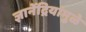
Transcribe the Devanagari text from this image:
ज्ञानेंद्रियांमुळे